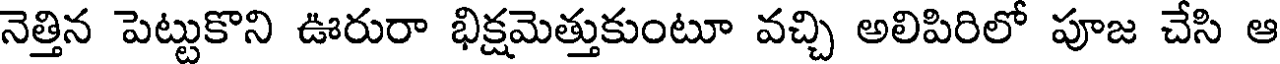
నెత్తిన పెట్టుకొని ఊరురా భిక్షమెత్తుకుంటూ వచ్చి అలిపిరిలో పూజ చేసి ఆ